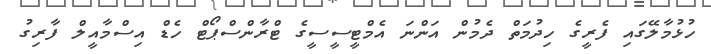
ހުޅުމާލޭގައި ފެރީގެ ހިދުމަތް ދެމުން އަންނަ އެމްޓީސީސީގެ ޓްރާންސްޕޯޓް ހެޑް އިސްމާއީލް ފާރިގު